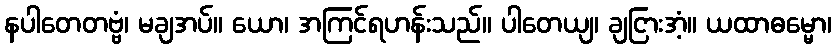
နပါတေတဗ္ဗံ၊ မချအပ်။ ယော၊ အကြင်ရဟန်းသည်။ ပါတေယျ၊ ချငြားအံ့။ ယထာဓမ္မော၊